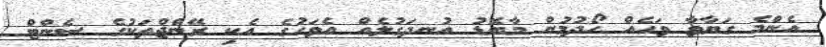
އެންމެ ގަޔާވާ ވަހެއް ހޯދުމުން މާބޮޑު އުނދަގުލެއް އެވަހުގެ އެކި ރޭންޖްތަކުގެ ސެންޓް